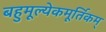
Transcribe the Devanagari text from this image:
बहुमूल्येकमूर्तिकम्‌